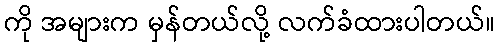
ကို အများက မှန်တယ်လို့ လက်ခံထားပါတယ်။